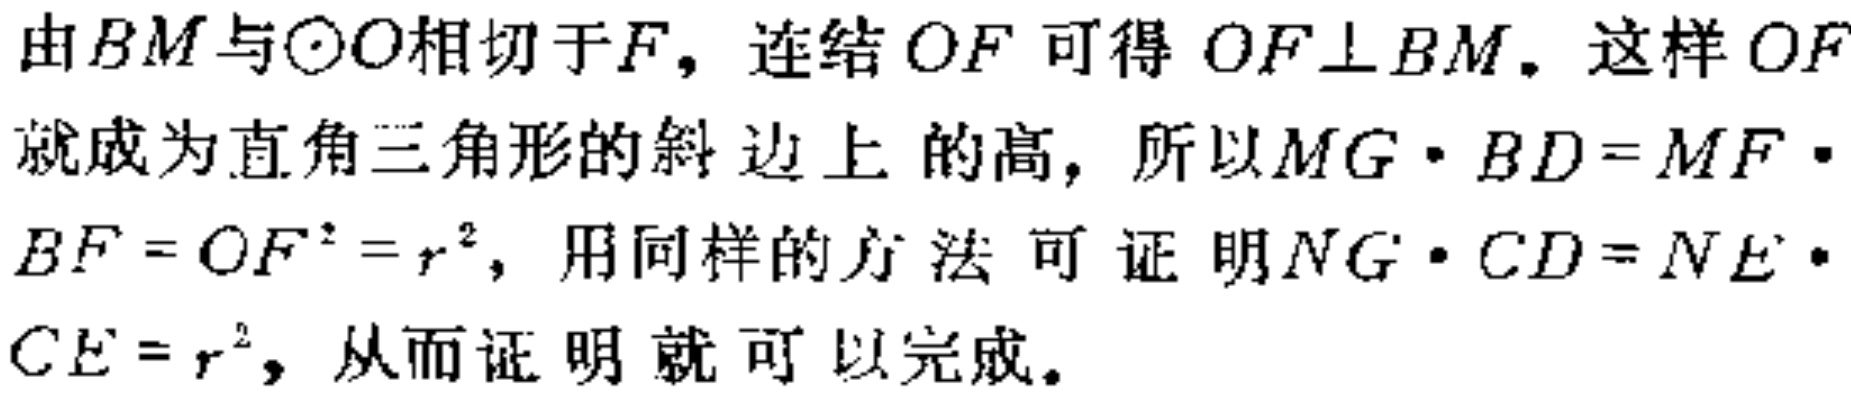
由$BM$与$\odot O$相切于$F$，连结$OF$可得$OF\perp BM$。这样$OF$就成为直角三角形的斜边上的高，所以$MG\cdot BD = MF\cdot BF = OF^{2}=r^{2}$，用同样的方法可证明$NG\cdot CD = NE\cdot CE = r^{2}$，从而证明就可以完成。